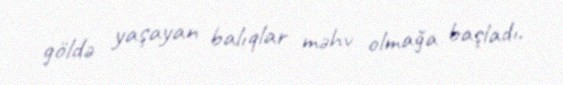
göldə yaşayan balıqlar məhv olmağa başladı.